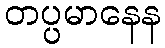
တပ္ပမာနေန